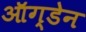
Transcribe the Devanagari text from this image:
ऑग्डेन